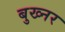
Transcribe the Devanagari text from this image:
बुख्नर